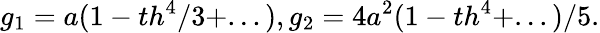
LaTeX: g_{1}=a(1-th^{4}/3+...),g_{2}=4a^{2}(1-th^{4}+...)/5.